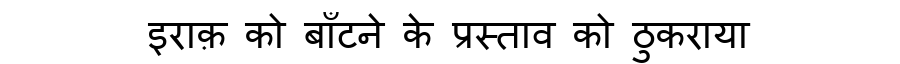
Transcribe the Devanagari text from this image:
इराक़ को बाँटने के प्रस्ताव को ठुकराया